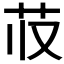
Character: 𬜤